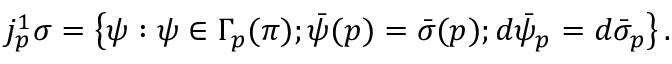
j _ { p } ^ { 1 } \sigma = \left\{ \psi : \psi \in \Gamma _ { p } ( \pi ) ; { \bar { \psi } } ( p ) = { \bar { \sigma } } ( p ) ; d { \bar { \psi } } _ { p } = d { \bar { \sigma } } _ { p } \right\} .